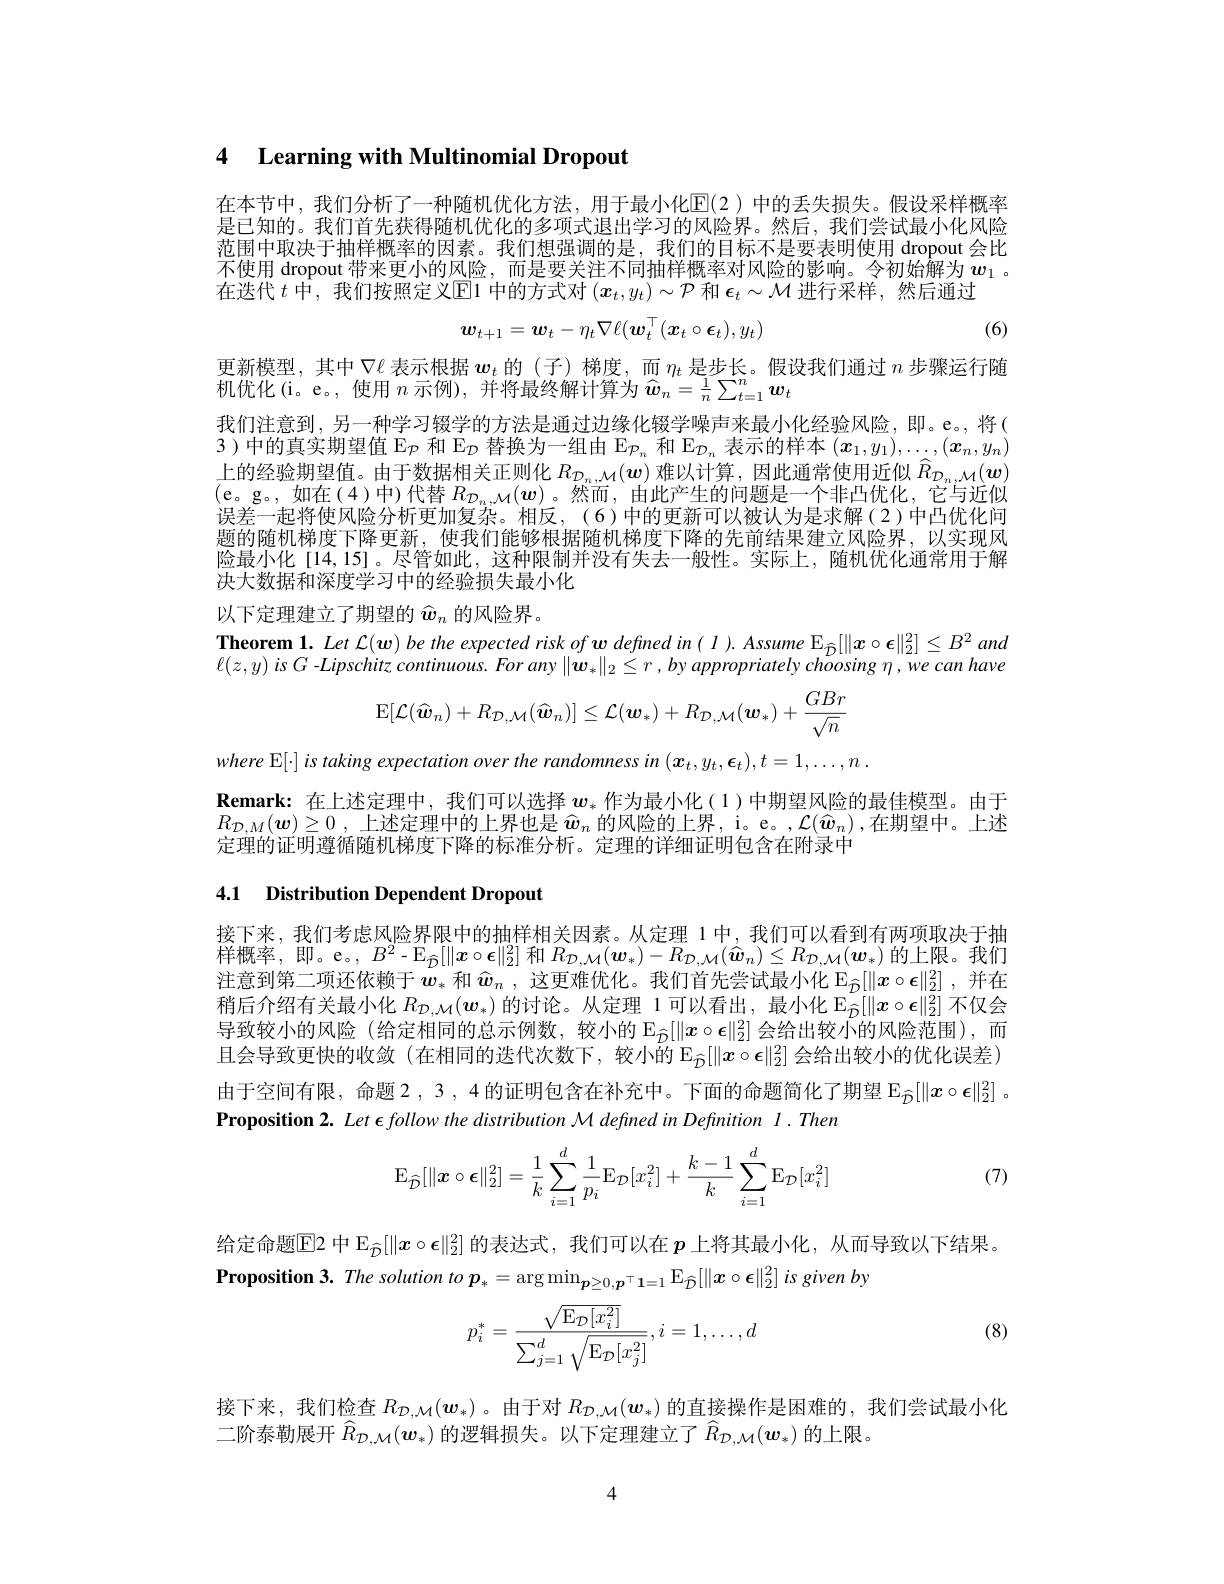
# 4 Learning with Multinomial Dropout

在本节中，我们分析了一种随机优化方法，用于最小化$\mathbb{E}(2)$ 中的丢失损失。假设采样概率是已知的。我们首先获得随机优化的多项式退出学习的风险界。然后，我们尝试最小化风险范围中取决于抽样概率的因素。我们想强调的是，我们的目标不是要表明使用 dropout 会比不使用 dropout 带来更小的风险，而是要关注不同抽样概率对风险的影响。令初始解为$w_1$ 。在迭代$t$中，我们按照定义$\overline{\mathrm{E}}$1 中的方式对$(\boldsymbol x_t,y_t)\sim\mathcal{P}$和$\boldsymbol\epsilon_t\sim\mathcal{M}$进行采样，然后通过
$$\boldsymbol{w}_{t+1}=\boldsymbol{w}_t-\eta_t\nabla\ell(\boldsymbol{w}_t^\top(\boldsymbol{x}_t\circ\boldsymbol{\epsilon}_t),y_t)$$
(6)

更新模型，其中$\nabla\ell$表示根据$\boldsymbol w_t$的(子)梯度，而$\eta_t$是步长。假设我们通过$n$步骤运行随
机优化(i。e。,使用$n$示例), 并将最终解计算为$\widehat{w}_n=\frac1n\sum_{t=1}^n\boldsymbol{w}_t$
我们注意到，另一种学习辍学的方法是通过边缘化辍学噪声来最小化经验风险，即。e。,将( 3)中的真实期望值 E$_\mathcal{P}\text{ 和 E}_\mathcal{D}\text{ 替换为一组由 E}_\mathcal{P}_n$和$\mathcal{E}_\mathcal{D}_n$表示的样本$(\boldsymbol x_1,y_1),\ldots,(\boldsymbol{x}_n,y_n)$ 上的经验期望值。由于数据相关正则化$R_{\mathcal{D}_n,\mathcal{M}}(\boldsymbol{w})$难以计算，因此通常使用近似$\widehat{R}_{\mathcal{D}_n,\mathcal{M}}(\boldsymbol{w})$ (e。g。,如在(4)中)代替$R_\mathcal{D}_n,\mathcal{M}(w)$。然而，由此产生的问题是一个非凸优化，它与近似误差一起将使风险分析更加复杂。相反，(6)中的更新可以被认为是求解(2)中凸优化问题的随机梯度下降更新，使我们能够根据随机梯度下降的先前结果建立风险界，以实现风险最小化[14,15]。尽管如此，这种限制并没有失去一般性。实际上，随机优化通常用于解决大数据和深度学习中的经验损失最小化
以下定理建立了期望的$\widehat{w}_n$的风险界。

$\textbf{Theorem 1. Let }\mathcal{L} ( w) \textit{be the expected risk of w defined in( I ) . Assume E}_{\hat{D} }[ \| x\circ \epsilon \| _2^2] \leq B^2$ and

$\ell(z,y)$ is G -Lipschitz continuous. For any $\|\dot{w}_*\|_2\leq r$ , by appropriately choosing $\eta,we$ can have
$$\operatorname{E}[\mathcal{L}(\widehat{\boldsymbol{w}}_{n})+R_{\mathcal{D},\mathcal{M}}(\widehat{\boldsymbol{w}}_{n})]\leq\mathcal{L}(\boldsymbol{w}_{*})+R_{\mathcal{D},\mathcal{M}}(\boldsymbol{w}_{*})+\frac{GBr}{\sqrt{n}}$$
where E[·] is taking expectation over the randomness in ( x t , y t - 1, ..., n .
$\textbf{Remark: 在 上 述 定 理 中 , 我 们 可 以 选 择 }w_*$作为最小化(1)中期望风险的最佳模型。由于$R_{\mathcal{D} , M}( \boldsymbol{w}) \geq 0$ ,上述定理中的上界也是 $\widehat{w}_n$ 的风险的上界，i。e。$,\mathcal{L}(\widehat{w}_n)$,在期望中。上述定理的证明遵循随机梯度下降的标准分析。定理的详细证明包含在附录中

# 4.1 Distribution Dependent Dropout

接下来，我们考虑风险界限中的抽样相关因素。从定理 1中，我们可以看到有两项取决于抽样概率，即。e。$,B^2-\mathbb{E}_{\hat{\mathcal{D}}}[\|x\circ\epsilon\|_{2}^{2}]$ 和$R_{\mathcal{D},\mathcal{M}}(\boldsymbol w_*)-R_{\mathcal{D},\mathcal{M}}(\widehat{\boldsymbol{w}}_n)\leq R_{\mathcal{D},\mathcal{M}}(\boldsymbol{w}_*)$ 的上限。我们注意到第二项还依赖于$\bar{w}_*$和$\hat{w} _n$ , 这更难优化。我们首先尝试最小化$\mathbb{E}_{\hat{D}}[\|x\circ\epsilon\|_2^2]$ ,并在稍后介绍有关最小化$R_{\mathcal{D},\mathcal{M}}(\boldsymbol{w}_*)$的讨论。从定理 1 可以看出，最小化$\mathbb{E}_\hat{\mathcal{D}}[\|x\circ\epsilon\|_2^2]$不仅会导致较小的风险(给定相同的总示例数，较小的$\mathbb{E}_{\widehat{\mathcal{D}}}[\|\boldsymbol{x}\circ\boldsymbol{\epsilon}\|_2^2]$会给出较小的风险范围),而且会导致更快的收敛(在相同的迭代次数下，较小的 $\mathbb{E}_{\hat{\mathcal{D}}}[\|\boldsymbol{x}\circ\boldsymbol{\epsilon}\|_2^2]$会给出较小的优化误差) 由于空间有限，命题 2 , 3 , 4 的证明包含在补充中。下面的命题简化了期望$\mathbb{E}_{\hat{\mathcal{D}}}[\|x\circ\epsilon\|_2^2]$ 。Proposition 2. Let $\epsilon \textit{follow the distribution M defined in Definition I. Then}$

(7)
$$\operatorname{E}_{\widehat{\mathcal{D}}}[\|\boldsymbol{x}\circ\boldsymbol{\epsilon}\|_2^2]=\dfrac{1}{k}\sum\limits_{i=1}^d\dfrac{1}{p_i}\operatorname{E}_{\mathcal{D}}[x_i^2]+\dfrac{k-1}{k}\sum\limits_{i=1}^d\operatorname{E}_{\mathcal{D}}[x_i^2]$$
给定命题$\mathbb{E}$2 中$\mathbb{E}_{\hat{\mathcal{D}}}[\|x\circ\epsilon\|_2^2]$的表达式，我们可以在$p$上将其最小化，从而导致以下结果。
$\textbf{Proposition 3.  The solution to }p_{* }= \arg \min _{\boldsymbol{p}\geq 0, \boldsymbol{p}^{\top }\mathbf{1} = 1}\mathbb{E} _{\hat{\mathcal{D} } }[ \| \boldsymbol{x}\circ \epsilon \| _{2}^{2}]$ is given by

(8)
$$p_i^*=\frac{\sqrt{\operatorname{E}_{\mathcal{D}}[x_i^2]}}{\sum_{j=1}^d\sqrt{\operatorname{E}_{\mathcal{D}}[x_j^2]}},i=1,\ldots,d$$
接下来，我们检查$R_{\mathcal{D},\mathcal{M}}(\boldsymbol{w}_*)$。由于对$R_{\mathcal{D},\mathcal{M}}(\boldsymbol{w}_*)$的直接操作是困难的，我们尝试最小化
二阶泰勒展开$\hat{R}_{\mathcal{D},\mathcal{M}}(w_*)$的逻辑损失。以下定理建立了$\hat{R}_{\mathcal{D},\mathcal{M}}(w_*)$的上限。

4